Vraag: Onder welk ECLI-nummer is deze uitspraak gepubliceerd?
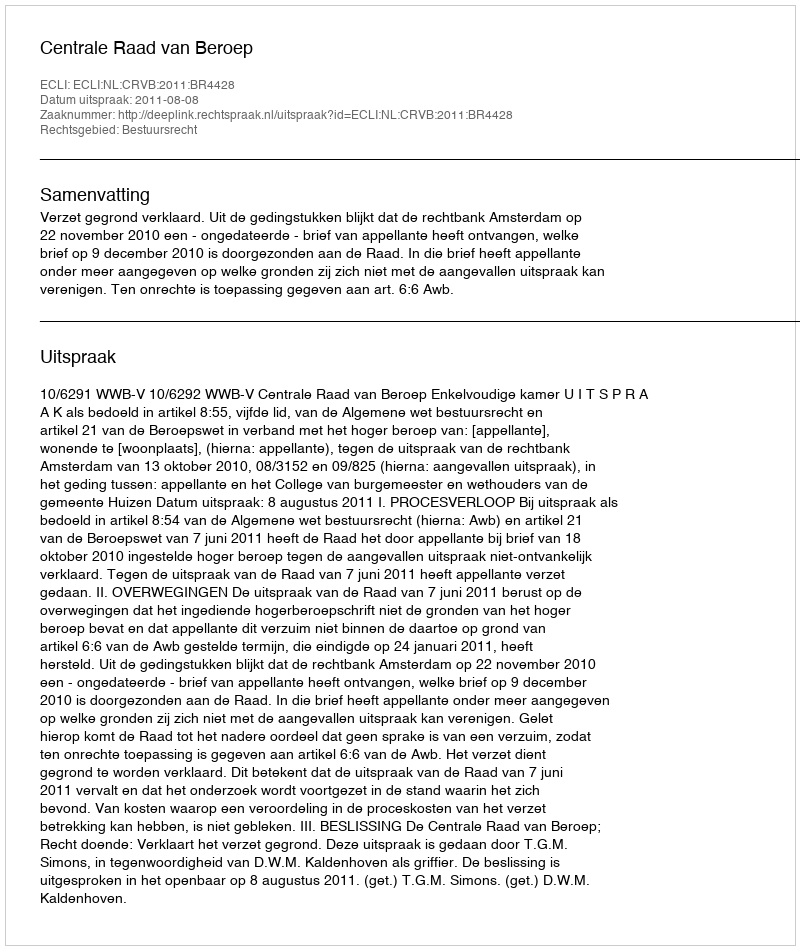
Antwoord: ECLI:NL:CRVB:2011:BR4428